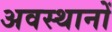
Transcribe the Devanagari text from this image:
अवस्थानों